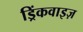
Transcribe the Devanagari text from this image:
ड्रिंकवाइज़